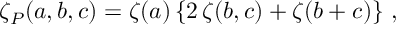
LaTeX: \zeta _ { P } ( a , b , c ) = \zeta ( a ) \left\{ 2 \, \zeta ( b , c ) + \zeta ( b + c ) \right\} \, ,